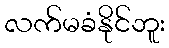
လက်မခံနိုင်ဘူး